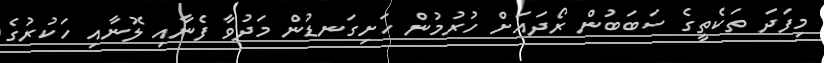
މިފަދަ ތަކެތީގެ ސަބަބުން ރޯދައަށް ހުރުމުން ހަށިގަނޑުން މަދުވާ ފެނާއި ލޮނާއި ހަކުރުގެ